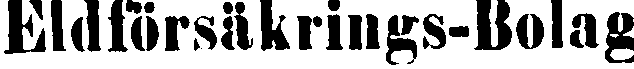
Eldförsäkrings-Bolag